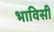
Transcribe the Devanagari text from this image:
भाविसी